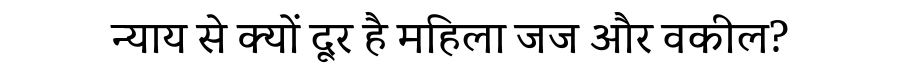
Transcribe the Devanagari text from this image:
न्याय से क्यों दूर है महिला जज और वकील?